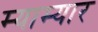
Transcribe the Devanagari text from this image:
म्याम्यार